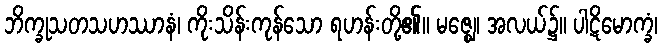
ဘိက္ခုသတသဟဿာနံ၊ ကိုးသိန်းကုန်သော ရဟန်းတို့၏။ မဇ္ဈေ၊ အလယ်၌။ ပါဋိမောက္ခံ၊